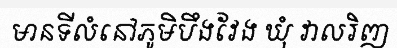
មានទីលំនៅភូមិបឹងវែង ឃុំ វាលរិញ